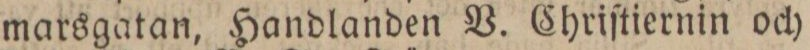
marsgatan, Handlanden V. Chriſtiernin och